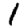
Digit: 1